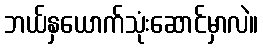
ဘယ်နှယောက်သုံးဆောင်မှာလဲ။